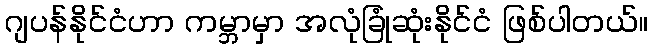
ဂျပန်နိုင်ငံဟာ ကမ္ဘာမှာ အလုံခြုံဆုံးနိုင်ငံ ဖြစ်ပါတယ်။